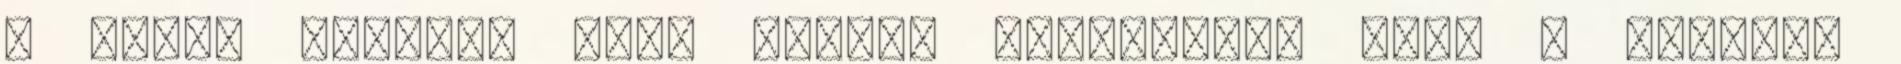
a hitet keltse, hogy valaki fölösleges ezen a világon